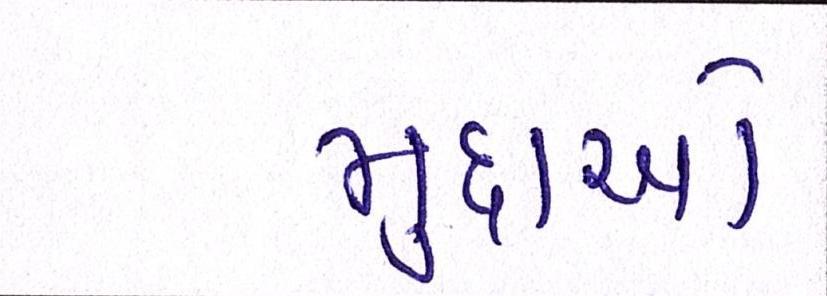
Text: મુદ્દાઓ